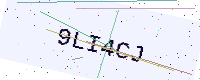
Text: 9LI4CJ